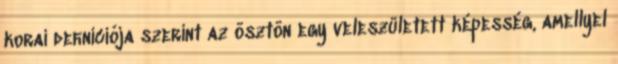
korai deﬁníciója szerint az ösztön egy veleszületett képesség, amellyel